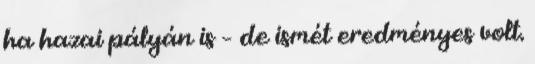
ha hazai pályán is – de ismét eredményes volt.